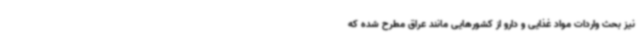
نیز بحث واردات مواد غذایی و دارو از کشورهایی مانند عراق مطرح شده که